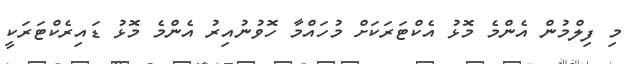
މި ފިލްމުން އެންމެ މޮޅު އެކްޓަރަކަށް މުހައްމާ ހޮވުނުއިރު އެންމެ މޮޅު ޑައިރެކްޓަރަކީ